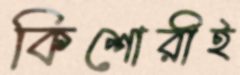
কিশোরীই